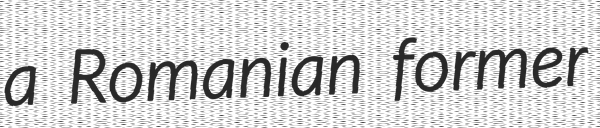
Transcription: a Romanian former